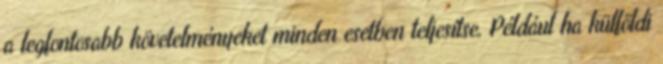
a legfontosabb követelményeket minden esetben teljesítse. Például ha külföldi